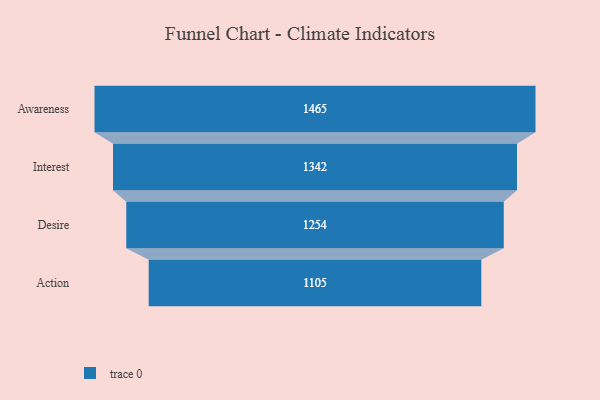
{"axis": {"x": "Stage", "y": "Value"}, "legend": [""], "data": [{"x": "Awareness", "y": 1465.0, "type": ""}, {"x": "Interest", "y": 1342.0, "type": ""}, {"x": "Desire", "y": 1254.0, "type": ""}, {"x": "Action", "y": 1105.0, "type": ""}]}